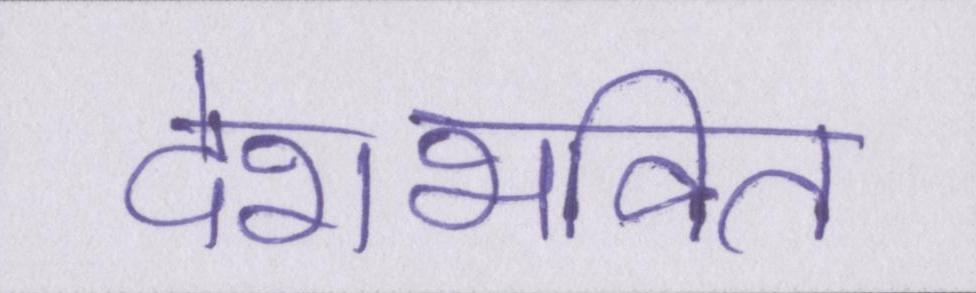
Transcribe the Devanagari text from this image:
देशभक्ति